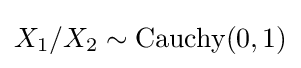
{\textstyle X_{1}/X_{2}\sim \operatorname {Cauchy} (0,1)}